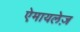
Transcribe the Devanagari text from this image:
ऐमायलेज़